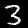
Digit: 3